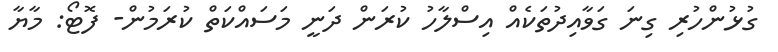
ގުޅުންހުރި ގިނަ ގަވާއިދުތަކެއް އިސްލާހު ކުރަން ދަނީ މަސައްކަތް ކުރަމުން- ފޮޓޯ: މާޔާ